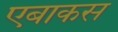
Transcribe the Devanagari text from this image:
एबाकस